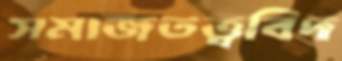
সমাজতত্ত্ববিদ